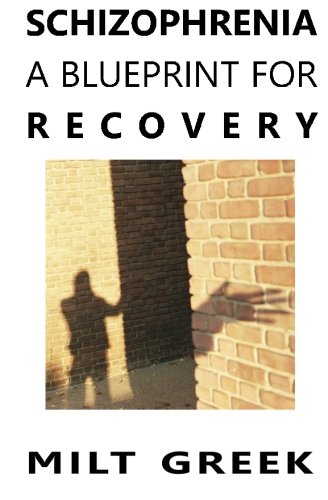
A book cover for Schizophrenia: A Blueprint for Recovery; Milt Greek; Health, Fitness & Dieting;